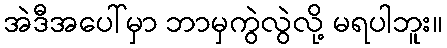
အဲဒီအပေါ်မှာ ဘာမှကွဲလွဲလို့ မရပါဘူး။